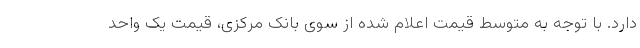
دارد. با توجه به متوسط قیمت اعلام شده از سوی بانک مرکزی، قیمت یک واحد